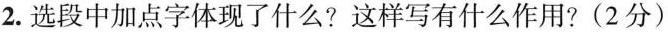
2.选段中加点字体现了什么?这样写有什么作用?(2分)